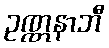
ဥဏ္ဏနာဘီ